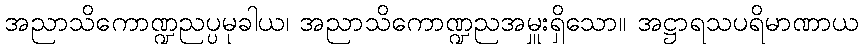
အညာသိကောဏ္ဍညပ္ပမုခါယ၊ အညာသိကောဏ္ဍညအမှူးရှိသော။ အဋ္ဌာရသပရိမာဏာယ